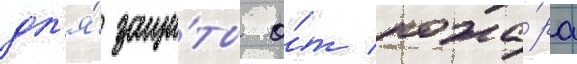
дл'я́ защи́ты о́т пожа́ра